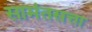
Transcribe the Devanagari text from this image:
सामंतसत्ता